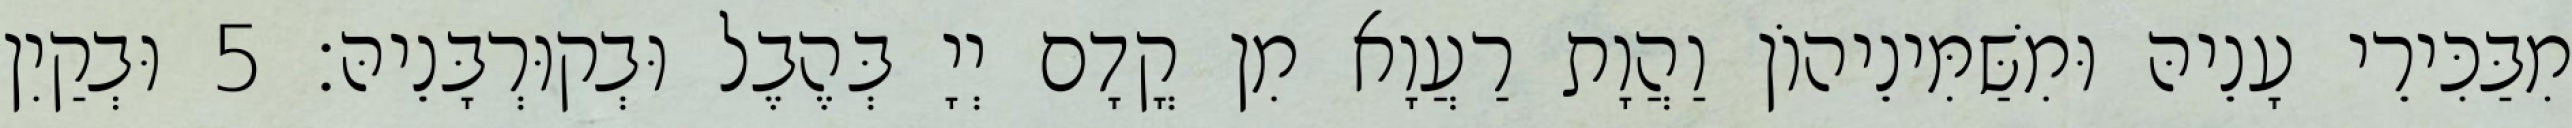
מִבַּכִּירֵי עָנֵיהּ וּמִשַּׁמִּינֵיהוֹן וַהֲוָת רַעֲוָא מִן קֳדָם יְיָ בְּהֶבֶל וּבְקוּרְבָּנֵיהּ׃ 5 וּבְקַיִן